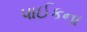
પાઈકના